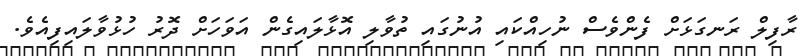
ރާފިލް ރަނގަޅަށް ފެންވެސް ނުހިއްކައި އުނުގައި ތުވާލި އޮޅާލައިގެން އަވަހަށް ދޮރު ހުޅުވާލައިފިއެވެ.